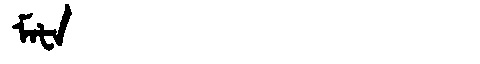
Manchu: ᠮᠠᡶᠠ
Romanization: MAFA